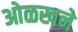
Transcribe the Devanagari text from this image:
ओळखने